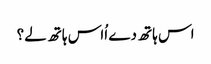
اس ہاتھ دے اُاس ہاتھ لے؟